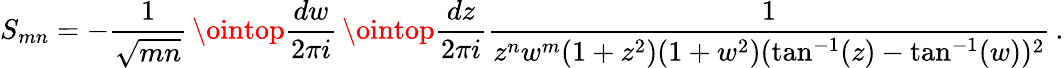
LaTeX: S_{mn}=-{\frac{1}{\sqrt{mn}}}\, \ointop{\frac{dw}{2\pi i}}\, \ointop{\frac{dz}{2\pi i}}{\frac{1}{z^{n}w^{m}(1+z^{2})(1+w^{2})(\tan^{-1}(z)-\tan^{-1}(w))^{2}}}\, .